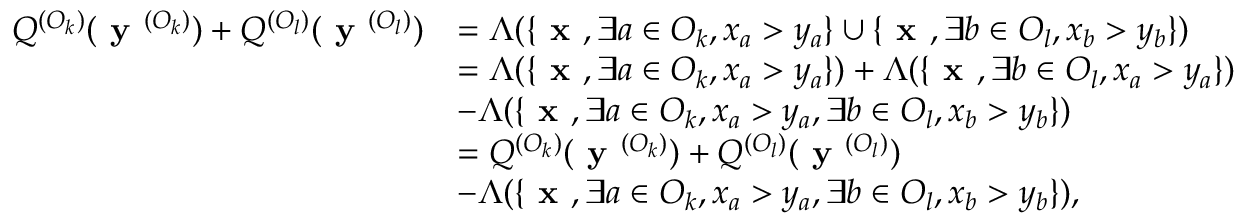
\begin{array} { r l } { Q ^ { ( O _ { k } ) } ( \textbf { y } ^ { ( O _ { k } ) } ) + Q ^ { ( O _ { l } ) } ( \textbf { y } ^ { ( O _ { l } ) } ) } & { = \Lambda ( \{ \textbf { x } , \exists a \in O _ { k } , x _ { a } > y _ { a } \} \cup \{ \textbf { x } , \exists b \in O _ { l } , x _ { b } > y _ { b } \} ) } \\ & { = \Lambda ( \{ \textbf { x } , \exists a \in O _ { k } , x _ { a } > y _ { a } \} ) + \Lambda ( \{ \textbf { x } , \exists b \in O _ { l } , x _ { a } > y _ { a } \} ) } \\ & { - \Lambda ( \{ \textbf { x } , \exists a \in O _ { k } , x _ { a } > y _ { a } , \exists b \in O _ { l } , x _ { b } > y _ { b } \} ) } \\ & { = Q ^ { ( O _ { k } ) } ( \textbf { y } ^ { ( O _ { k } ) } ) + Q ^ { ( O _ { l } ) } ( \textbf { y } ^ { ( O _ { l } ) } ) } \\ & { - \Lambda ( \{ \textbf { x } , \exists a \in O _ { k } , x _ { a } > y _ { a } , \exists b \in O _ { l } , x _ { b } > y _ { b } \} ) , } \end{array}